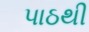
પાઠથી